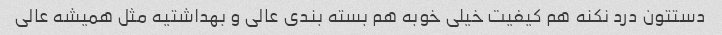
دستتون درد نکنه هم کیفیت خیلی خوبه هم بسته بندی عالی و بهداشتیه مثل همیشه عالی